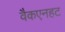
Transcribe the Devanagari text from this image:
वैकएनहट